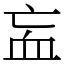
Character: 衁